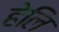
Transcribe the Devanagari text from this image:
हेलि